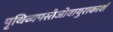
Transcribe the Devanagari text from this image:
पृथिव्यपस्तेजोवायुराकाशं